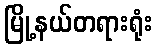
မြို့နယ်တရားရုံး